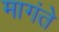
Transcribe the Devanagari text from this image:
मागंते